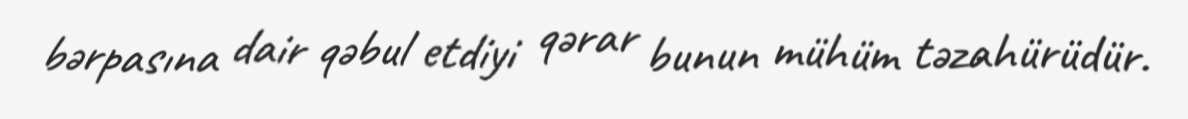
bərpasına dair qəbul etdiyi qərar bunun mühüm təzahürüdür.